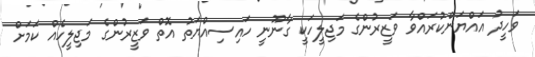
ވަހީދު އައްޔަންކުރައްވާ ވަޒީރުންގެ މަޖިލީހަކީ ގާނޫނީ ހައިސިއްޔަތު އޮތް ވަޒީރުންގެ މަޖިލީހެއް ކަމަށް